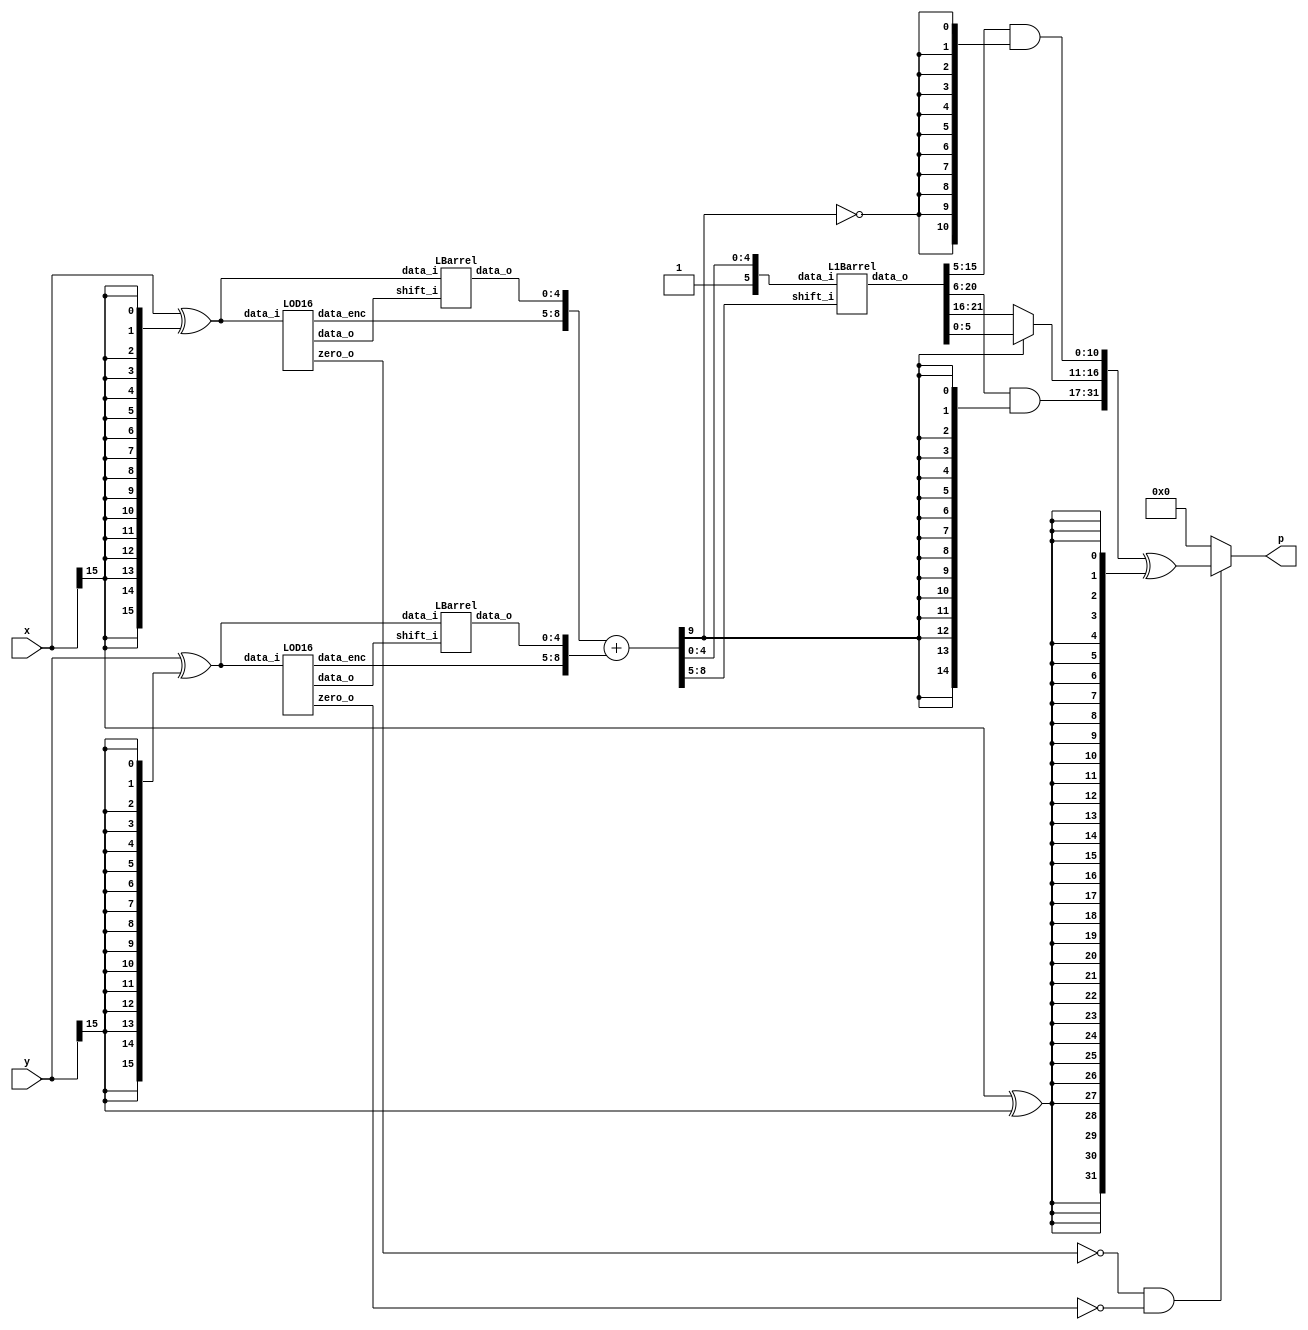
module QLM_w6q4(
    input [15:0] x,
    input [15:0] y,
    output [31:0] p
    );
    
        // X branch 

    // First complement 
    wire [15:0] x_abs;
    assign x_abs = x ^ {16{x[15]}};
    
    // LOD + Priority Encoder
    wire [15:0] k_x0;
    wire zero_x0;
    wire [3:0] k_x0_enc;

    LOD16 lod_x0(
        .data_i(x_abs),
        .zero_o(zero_x0),
        .data_o(k_x0),
        .data_enc(k_x0_enc));
       
    // LBarrel 
    wire [4:0] x_shift;

    LBarrel Lshift_x0(
        .data_i(x_abs),
        .shift_i(k_x0),
        .data_o(x_shift));
        
    // Y branch 
    
    // First complement 
    wire [15:0] y_abs;
    assign y_abs = y ^ {16{y[15]}};
    
    // LOD + Priority Encoder
    wire [15:0] k_y0;
    wire zero_y0;
    wire [3:0] k_y0_enc;
    
    LOD16 lod_y0(
        .data_i(y_abs),
        .zero_o(zero_y0),
        .data_o(k_y0),
        .data_enc(k_y0_enc));
      
    // LBarrel 
    wire [4:0] y_shift;
    
    LBarrel Lshift_y0(
        .data_i(y_abs),
        .shift_i(k_y0),
        .data_o(y_shift));

    // Addition 
    wire [9:0] x_log;
    wire [9:0] y_log;
    wire [9:0] p_log;
    
    assign x_log = {1'b0,k_x0_enc,x_shift};
    assign y_log = {1'b0,k_y0_enc,y_shift};


    assign p_log = x_log + y_log;

    // Antilogarithm stage
    wire [21:0] p_l1b;
    wire [5:0] l1_input;
    
    assign l1_input = {1'b1,p_log[4:0]};
   
    L1Barrel L1shift_plog(
        .data_i(l1_input),
        .shift_i(p_log[8:5]),
        .data_o(p_l1b));
    // Low part 

    // Low part of product 
    wire [10:0] p_low;
    wire not_k_l5 = ~p_log[9];
    
    assign p_low = p_l1b[15:5] & {11{not_k_l5}};
    
    // Medium part of product 
    
    wire [5:0] p_med;
    
    assign p_med = p_log[9] ? p_l1b[5:0] : p_l1b[21:16];
    
    // High part of product 
    
    wire [14:0] p_high;

    assign p_high = p_l1b[20:6] & {15{p_log[9]}};
    // Final product
    
    wire [31:0] PP_abs;
    assign PP_abs = {p_high,p_med,p_low};

    // Sign conversion 
    wire p_sign;
    wire [31:0] PP_temp;
    
    
    assign p_sign = x[15] ^ y[15];
    assign PP_temp = PP_abs ^ {32{p_sign}};
    
    //Zero mux0
    wire notZeroA, notZeroB, notZeroD;
    assign notZeroA = ~zero_x0 ;
    assign notZeroB = ~zero_y0 ;
    assign notZeroD = notZeroA & notZeroB;
    
    assign p = notZeroD? PP_temp : 32'b0;

endmodule

module LOD16(
    input [15:0] data_i,
    output zero_o,
    output [15:0] data_o,
    output [3:0] data_enc
    );
	
    wire [15:0] z;
    wire [3:0] zdet;
    wire [3:0] select;
    //*****************************************
    // Zero detection logic:
    //*****************************************
    assign zdet[3] = |(data_i[15:12]);
    assign zdet[2] = |(data_i[11:8]) ;
    assign zdet[1] = |(data_i[7:4]) ;
    assign zdet[0] = 1'b0;
    assign zero_o = ~( zdet[3]  | zdet[2] | zdet[1] );
    //*****************************************
    // LODs:
    //*****************************************
    LOD4 lod4_2 (
        .data_i(data_i[15:12]), 
        .data_o(z[15:12])
    );

    LOD4 lod4_1 (
        .data_i(data_i[11:8]), 
        .data_o(z[11:8])
    );
    LOD4 lod2_0 (
        .data_i(data_i[7:4]), 
        .data_o(z[7:4])
        );
    assign z[3:0] = 4'b0;
    //*****************************************
    // Select signals
    //*****************************************    
    LOD4 Middle(
        .data_i(zdet), 
        .data_o(select)       
    );

	 //*****************************************
	 // Multiplexers :
	 //*****************************************
	wire [11:0] tmp_out;
	
    Muxes2in1Array4 Inst_MUX214_3 (
        .data_i(z[15:12]), 
        .select_i(select[3]), 
        .data_o(tmp_out[11:8])
    );


	Muxes2in1Array4 Inst_MUX214_2 (
        .data_i(z[11:8]), 
        .select_i(select[2]), 
        .data_o(tmp_out[7:4])
    );

	Muxes2in1Array4 Inst_MUX214_1 (
        .data_i(z[7:4]), 
        .select_i(select[1]), 
        .data_o(tmp_out[3:0])
    );


    // Enconding
    wire [2:0] low_enc; 
    assign low_enc = tmp_out[3:1] | tmp_out[7:5] | tmp_out[11:9];


    assign data_enc[3] = select[3] | select[2];
    assign data_enc[2] = select[3] | select[1];
    assign data_enc[1] = low_enc[2] | low_enc[1];
    assign data_enc[0] = low_enc[2] | low_enc[0];


    // One hot
    assign data_o[15:4] = tmp_out;
    assign data_o[3:0] = 4'b0;

endmodule

module LOD4(
    input [3:0] data_i,
    output [3:0] data_o
    );
	 
    
    wire mux0;
    wire mux1;
    wire mux2;
    
    // multiplexers:
    assign mux2 = (data_i[3]==1) ? 1'b0 : 1'b1;
    assign mux1 = (data_i[2]==1) ? 1'b0 : mux2;
    assign mux0 = (data_i[1]==1) ? 1'b0 : mux1;
    
    //gates and IO assignments:
    assign data_o[3] = data_i[3];
    assign data_o[2] =(mux2 & data_i[2]);
    assign data_o[1] =(mux1 & data_i[1]);
    assign data_o[0] =(mux0 & data_i[0]);

endmodule

module Muxes2in1Array4(
    input [3:0] data_i,
    input select_i,
    output [3:0] data_o
    );

	assign data_o[3] = select_i ? data_i[3] : 1'b0;
	assign data_o[2] = select_i ? data_i[2] : 1'b0;
	assign data_o[1] = select_i ? data_i[1] : 1'b0;
	assign data_o[0] = select_i ? data_i[0] : 1'b0;
	
endmodule

module LBarrel(
    input [15:0] data_i,
    input [15:0] shift_i,
    output [4:0] data_o);
    
    assign data_o[4] = |(data_i[13:4] & shift_i[14:5]);

    assign data_o[3] = |(data_i[12:4] & shift_i[14:6]);

    assign data_o[2] = |(data_i[11:4] & shift_i[14:7]);
    
    assign data_o[1] = |(data_i[10:4] & shift_i[14:8]);

    assign data_o[0] = |(data_i[9:4] & shift_i[14:9]);

endmodule

module L1Barrel(
    input [5:0] data_i,
    input [3:0] shift_i,
    output reg [21:0] data_o);
    always @*
        case (shift_i)
           4'b0000: data_o = data_i;
           4'b0001: data_o = data_i << 1;
           4'b0010: data_o = data_i << 2;
           4'b0011: data_o = data_i << 3;
           4'b0100: data_o = data_i << 4;
           4'b0101: data_o = data_i << 5;
           4'b0110: data_o = data_i << 6;
           4'b0111: data_o = data_i << 7;
           4'b1000: data_o = data_i << 8;
           4'b1001: data_o = data_i << 9;
           4'b1010: data_o = data_i << 10;
           4'b1011: data_o = data_i << 11;
           4'b1100: data_o = data_i << 12;
           4'b1101: data_o = data_i << 13;
           4'b1110: data_o = data_i << 14;
           default: data_o = data_i << 15;
        endcase
endmodule